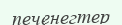
печенегтер